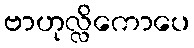
ဗာဟုလ္လိကောပေ